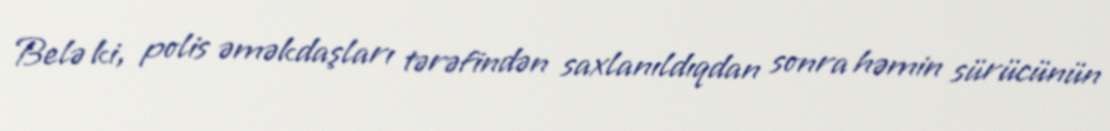
Belə ki, polis əməkdaşları tərəfindən saxlanıldıqdan sonra həmin sürücünün